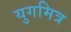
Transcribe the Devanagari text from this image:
युगमित्र